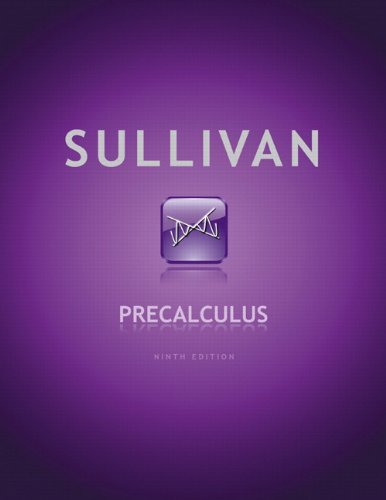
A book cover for Precalculus (9th Edition); Michael Sullivan; Science & Math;